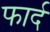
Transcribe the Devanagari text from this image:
फार्द